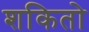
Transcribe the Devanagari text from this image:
शकितो